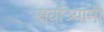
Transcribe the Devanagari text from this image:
सर्वांत्र्यामी